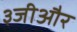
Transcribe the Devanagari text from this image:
३जीऔर